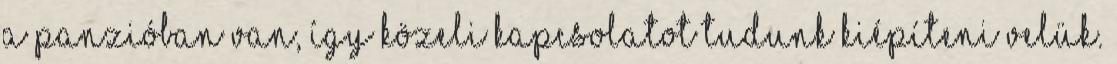
a panzióban van, így közeli kapcsolatot tudunk kiépíteni velük.